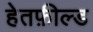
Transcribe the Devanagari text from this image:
हेतफ़ील्ड